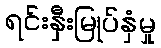
ရင်းနှီးမြုပ်နှံမှု